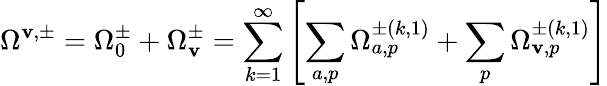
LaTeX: \Omega^{\mathbf{v},\pm}=\Omega_{0}^{\pm}+\Omega_{\mathbf{v}}^{\pm}=\sum_{k=1}^{\infty}\left[\sum_{a,p}\Omega_{a,p}^{\pm(k,1)}+\sum_{p}\Omega_{\mathbf{v},p}^{\pm(k,1)}\right]